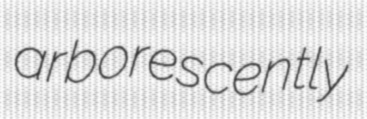
arborescently